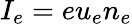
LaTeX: I_{e}=eu_{e}n_{e}